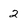
Character: 2